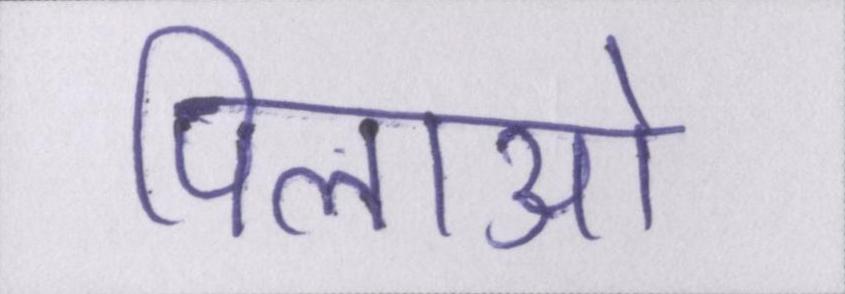
पिलाओ